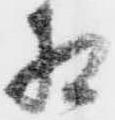
相